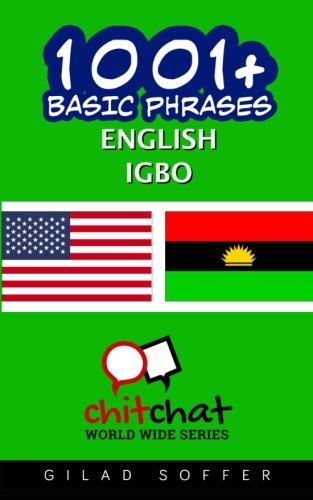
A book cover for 1001+ Basic Phrases English - Igbo; Gilad Soffer; Travel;